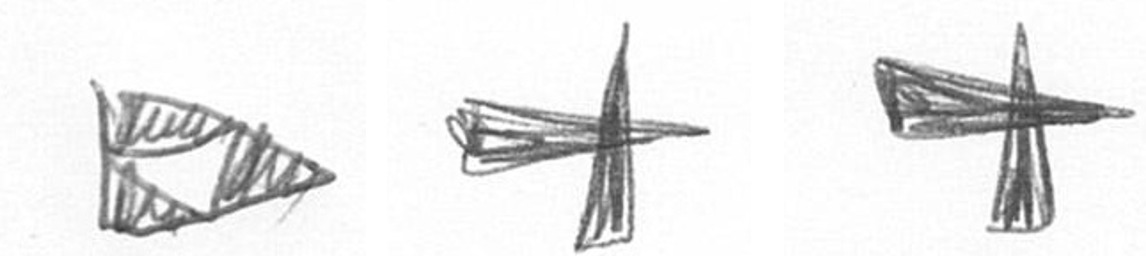
K G G